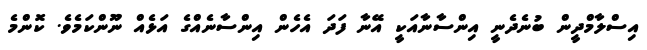
އިސްލާމްދީން ބުނެދެނީ އިންސާނާއަކީ އޭނާ ފަދަ އެހެން އިންސާނެއްގެ އަޅެއް ނޫންކަމެވެ. ކޮންމެ